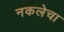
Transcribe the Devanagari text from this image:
नकलेचा